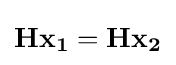
\mathbf {H} \mathbf {x_{1}} =\mathbf {H} \mathbf {x_{2}}